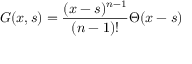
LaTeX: G ( x , s ) = { \frac { ( x - s ) ^ { n - 1 } } { ( n - 1 ) ! } } \Theta ( x - s )